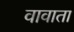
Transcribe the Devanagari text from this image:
वावाता